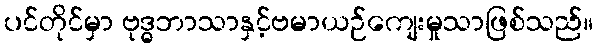
ပင်တိုင်မှာ ဗုဒ္ဓဘာသာနှင့်ဗမာယဉ်ကျေးမှုသာဖြစ်သည်။